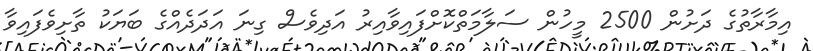
އިމާރާތުގެ ދަށުން 2500 މީހުން ސަލާމަތްކޮށްފައިވާއިރު އަދިވެސް ގިނަ އަދަދެއްގެ ބަޔަކު ތާށިވެފައިވާ